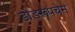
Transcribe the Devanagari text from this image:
डोडरूपचेम